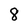
Character: 8